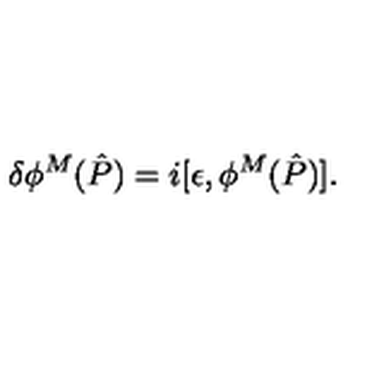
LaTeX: \delta \phi ^ { M } ( \hat { P } ) = i [ \epsilon , \phi ^ { M } ( \hat { P } ) ] .